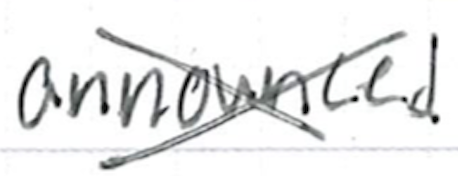
Text: announced
Cross-out: cross
Writing tool: ballpoint